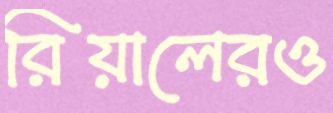
রিয়ালেরও